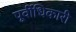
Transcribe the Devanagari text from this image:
पूर्वीधिकारी